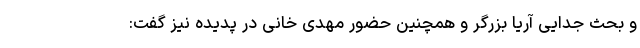
و بحث جدایی آریا بزرگر و همچنین حضور مهدی خانی در پدیده نیز گفت: